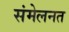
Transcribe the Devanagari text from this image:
संमेलनत